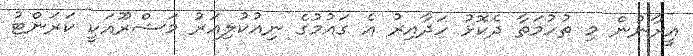
އީރާނުން މި ތުހުމަތާ ދެކޮޅު ހަދާއިރު އެ ގައުމުގެ ނިއުކުލިއަރު މަޝްރޫއަކީ ކަރަންޓު